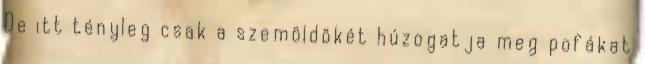
De itt tényleg csak a szemöldökét húzogatja meg pofákat